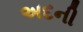
અદની